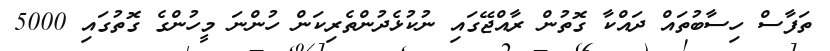
ތަފާސް ހިސާބުތައް ދައްކާ ގޮތުން ރާއްޖޭގައި ނުކުޅެދުންތެރިކަން ހުންނަ މީހުންގެ ގޮތުގައި 5000